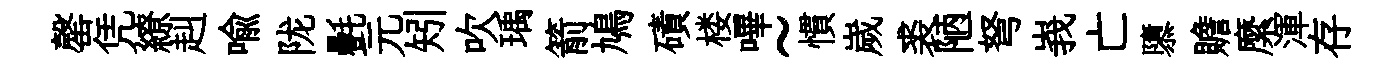
罄凭繚赳喻陇㲲元矧吹瑀箭鳩磧楼嗶~慣嵗裘陋弩峩亡隳贍縻渾存